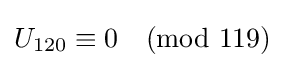
U_{120}\equiv 0{\pmod {119}}